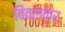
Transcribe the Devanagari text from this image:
बिवलकर